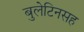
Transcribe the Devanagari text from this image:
बुलेटिनसह